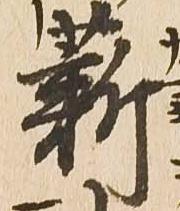
薪